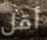
أقل